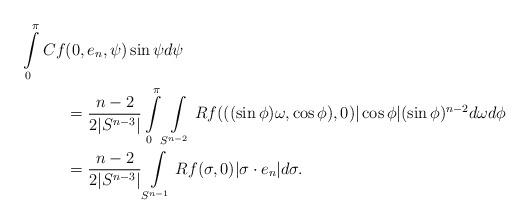
LaTeX: \begin{align*} \int\limits_0^{\pi}Cf&(0,e_n,\psi)\sin\psi d\psi\\&=\frac{n-2}{2|S^{n-3}|}\int\limits_0^\pi \int\limits_{S^{n-2}}Rf(((\sin \phi)\omega,\cos \phi),0) |\cos\phi|(\sin\phi)^{n-2} d\omega d\phi\\&=\frac{n-2}{2|S^{n-3}|}\int\limits_{S^{n-1}}Rf(\sigma,0) |\sigma\cdot e_n|d\sigma.\end{align*}